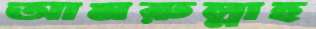
আমরুল্লাহ